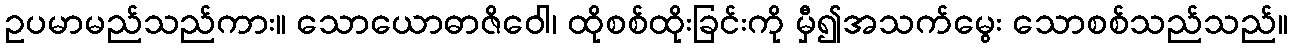
ဥပမာမည်သည်ကား။ သောယောဓာဇိဝေါ၊ ထိုစစ်ထိုးခြင်းကို မှီ၍အသက်မွေး သောစစ်သည်သည်။